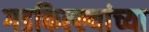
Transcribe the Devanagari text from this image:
गडकिल्ल्यांच्या